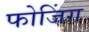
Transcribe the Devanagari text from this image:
फोजिंग